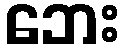
ဘေး